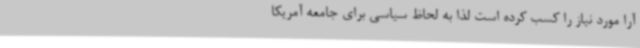
آرا مورد نیاز را کسب کرده است لذا به لحاظ سیاسی برای جامعه آمریکا